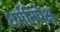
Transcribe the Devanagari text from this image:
धर्मनिपेक्ष